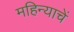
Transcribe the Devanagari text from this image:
महिन्याचें